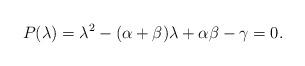
LaTeX: \begin{align*}P(\lambda)=\lambda ^{2}-(\alpha +\beta )\lambda +\alpha \beta -\gamma =0.\end{align*}